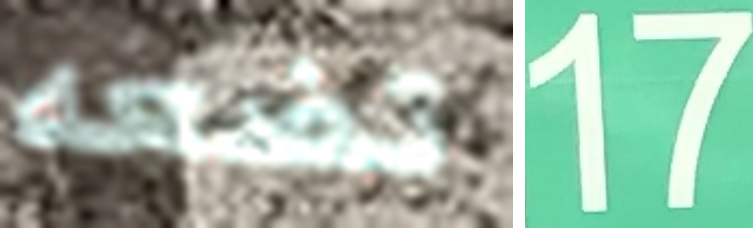
تضعه 17